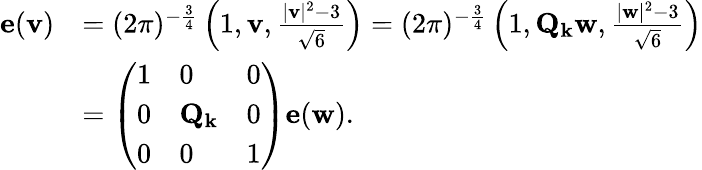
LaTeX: \begin{array}{rl}{\mathbf{e}(\mathbf{v})}&{=(2\pi)^{-\frac{3}{4}}\left(1,\mathbf{v},\frac{|\mathbf{v}|^{2}-3}{\sqrt{6}}\right)=(2\pi)^{-\frac{3}{4}}\left(1,\mathbf{Q}_{\mathbf{k}}\mathbf{w},\frac{|\mathbf{w}|^{2}-3}{\sqrt{6}}\right)}\\ &{=\left(\begin{array}{lll}{1}&{0}&{0}\\ {0}&{\mathbf{Q}_{\mathbf{k}}}&{0}\\ {0}&{0}&{1}\end{array}\right)\mathbf{e}(\mathbf{w}).}\end{array}